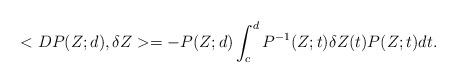
LaTeX: \begin{align*}<DP(Z;d),\delta Z>=-P(Z;d)\int_{c}^{d}P^{-1}(Z;t)\delta Z(t)P(Z;t)dt.\end{align*}